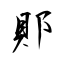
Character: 郥